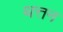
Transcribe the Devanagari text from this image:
थत्तन